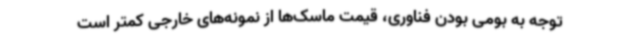
توجه به بومی بودن فناوری، قیمت ماسک‌ها از نمونه‌های خارجی کمتر است